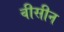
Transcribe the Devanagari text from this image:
वीसीन